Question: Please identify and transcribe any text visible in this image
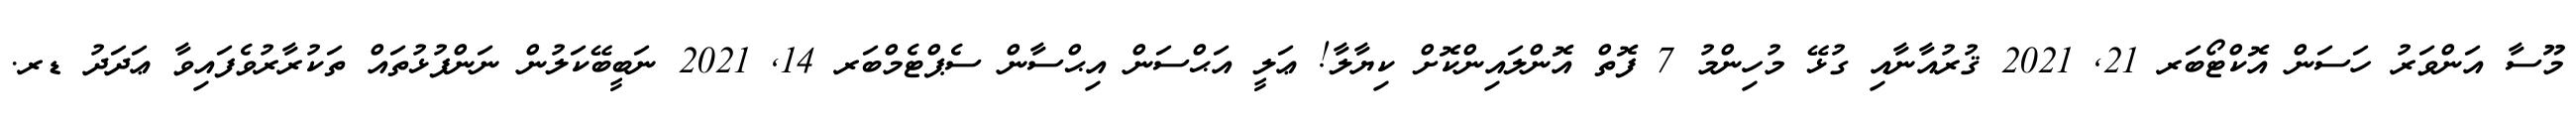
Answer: މޫސާ އަންވަރު ހަސަން އޮކްޓޯބަރ 21, 2021 ޤުރުއާނާއި ގުޅޭ މުހިންމު 7 ފޮތް އޮންލައިންކޮށް ކިޔާލާ! ޢަލީ އަޙްސަން އިޙްސާން ސެޕްޓެމްބަރ 14, 2021 ނަބީބޭކަލުން ނަންފުޅުތައް ތަކުރާރުވެފައިވާ ޢަދަދު ޑރ.